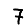
Digit: 7